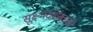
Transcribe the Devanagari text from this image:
सूक्ष्मदर्शकाची